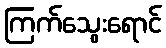
ကြက်သွေးရောင်